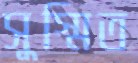
সুস্মিত